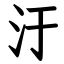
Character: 汙